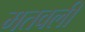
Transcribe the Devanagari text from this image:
मतवली